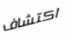
اكتشاف